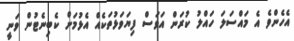
އެހެންވެ އެ މައްސަލަ ހައްލު ކުރަން އަވަސް ފިޔަވަޅުތަކެއް އެޅުމަށް ކެބިނެޓުން ވަނީ